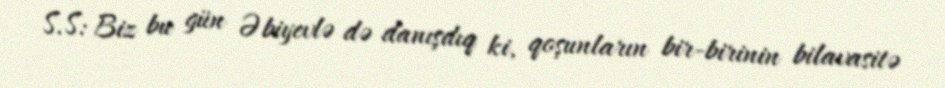
S.S: Biz bu gün Əbiyevlə də danışdıq ki, qoşunların bir-birinin bilavasitə